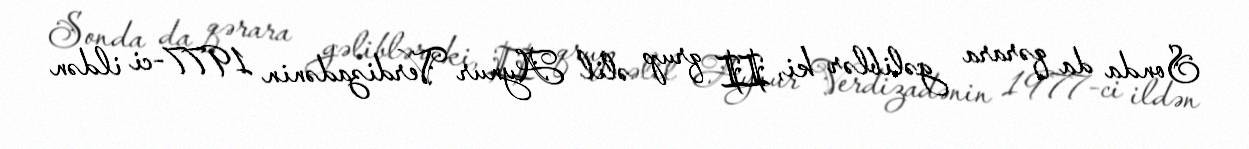
Sonda da qərara gəliblər ki, II qrup əlil Aynur Verdizadənin 1977-ci ildən